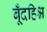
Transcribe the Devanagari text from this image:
बूँदहिश्न